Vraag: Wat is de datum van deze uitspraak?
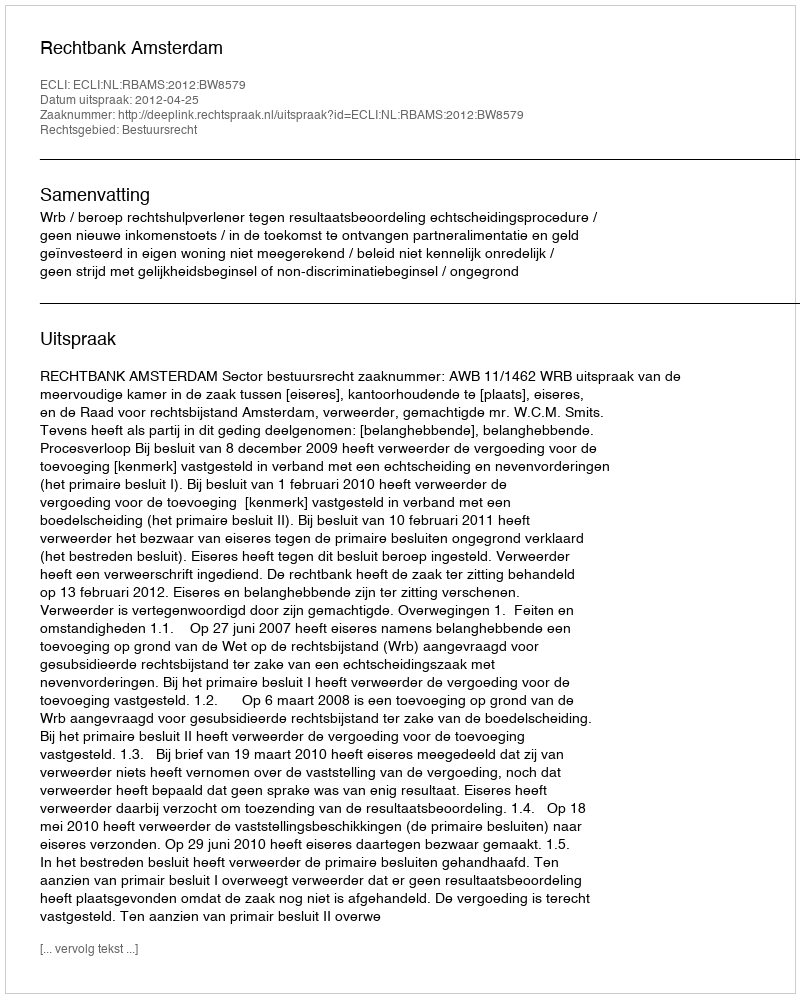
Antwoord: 2012-04-25